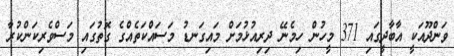
ވަންދޫއަކީ އާބާދީގައި 371 މީހުން ހިމެނޭ ދިރިއުޅުމަށް މައިގަނޑު މަސައްކަތެއްގެ ގޮތުގައި މަސްވެރިކަންކުރާ